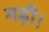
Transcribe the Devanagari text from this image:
गढ़ी।